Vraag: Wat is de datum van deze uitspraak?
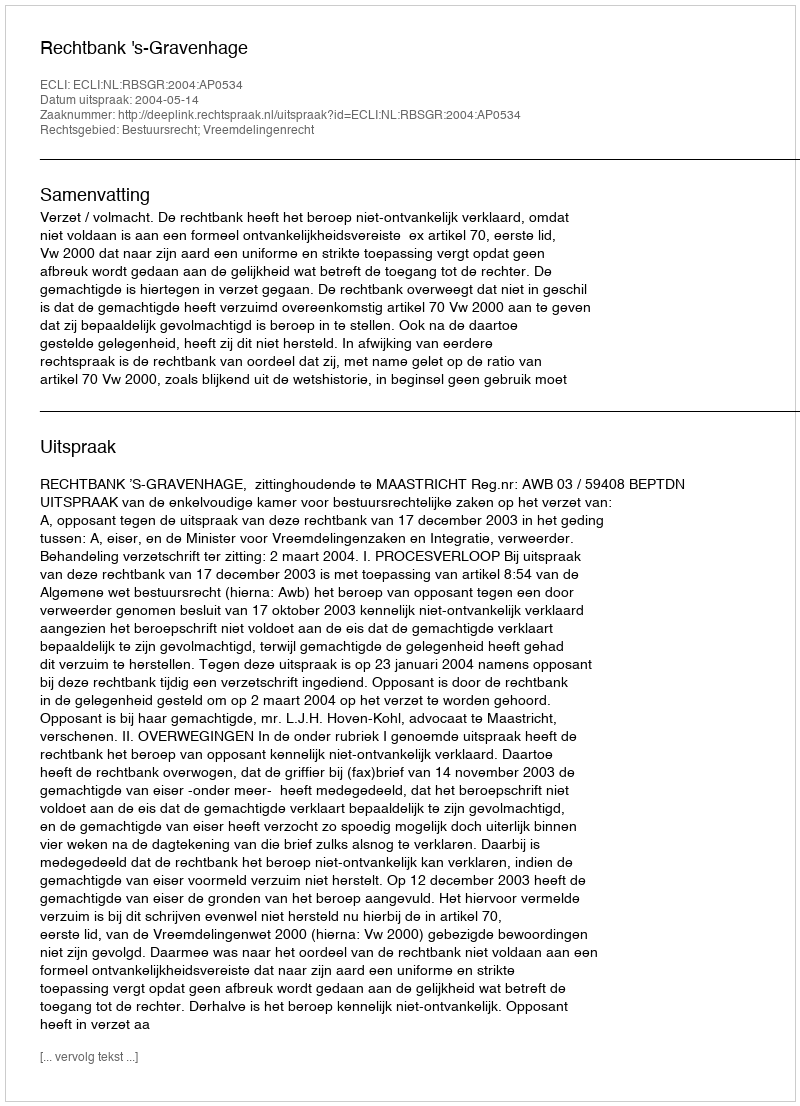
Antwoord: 2004-05-14